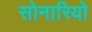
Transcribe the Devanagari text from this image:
सोनारियो